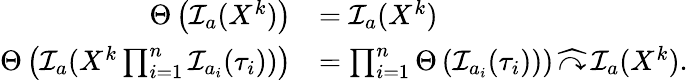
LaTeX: \begin{array}{rl}{\Theta\left(\mathcal{I}_{a}(X^{k})\right)}&{=\mathcal{I}_{a}(X^{k})}\\ {\Theta\left(\mathcal{I}_{a}(X^{k}\prod_{i=1}^{n}\mathcal{I}_{a_{i}}(\tau_{i}))\right)}&{=\prod_{i=1}^{n}\Theta\left(\mathcal{I}_{a_{i}}(\tau_{i}))\right)\, \widehat{\curvearrowright}\, \mathcal{I}_{a}(X^{k}).}\end{array}